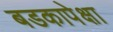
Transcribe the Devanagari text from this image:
बडकापेक्षा